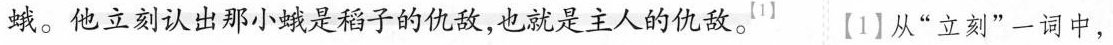
蛾。他立刻认出那小蛾是稻子的仇敌，也就是主人的仇敌。^{【1】}【1】从”立刻”一词中，